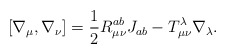
\begin{align*}[\nabla_{\mu}, \nabla_{\nu}] = \frac{1}{2} R^{ab}_{\mu \nu}J_{ab} - T^{\lambda}_{\mu \nu} \nabla_{\lambda}.\end{align*}